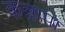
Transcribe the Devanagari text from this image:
कन्नप्पा